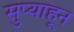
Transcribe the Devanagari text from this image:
सुप्याहून